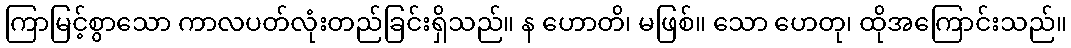
ကြာမြင့်စွာသော ကာလပတ်လုံးတည်ခြင်းရှိသည်။ န ဟောတိ၊ မဖြစ်။ သော ဟေတု၊ ထိုအကြောင်းသည်။